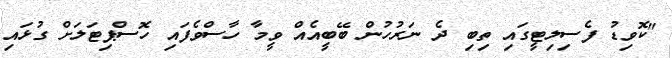
"ކޮވިޑު ފެސިލިޓީގައި ތިބި ދެ ނަރުހުން ބޭބީއެއް ވީމާ ހާސްވެފައި ހޮސްޕިޓަލަށް ގުޅައި